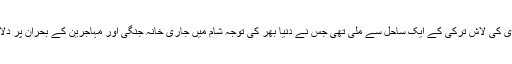
ایلان کردی کی لاش ترکی کے ایک ساحل سے ملی تھی جس نے دنیا بھر کی توجہ شام میں جاری خانہ جنگی اور مہاجرین کے بحران پر دلا دی تھی۔